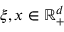
\xi , x \in \mathbb { R } _ { + } ^ { d }